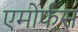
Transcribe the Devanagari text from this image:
एमोर्फस